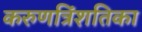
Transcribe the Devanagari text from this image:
करुणत्रिंशतिका